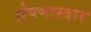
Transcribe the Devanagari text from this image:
क्षेपणास्त्रार